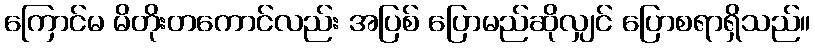
ကြောင်မ မိတိုးတကောင်လည်း အပြစ် ပြောမည်ဆိုလျှင် ပြောစရာရှိသည်။